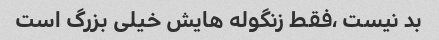
بد نیست ،فقط زنگوله هایش خیلی بزرگ است